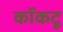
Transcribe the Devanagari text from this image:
कॉकटू